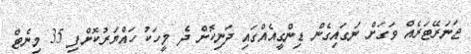
ޖަނަރޭޓަރެއް ވަގަށް ނަގައިގެން ޑިންގީއެއްގައި ދަނިކޮށް ދެ މީހަކު ހައްޔަރުކޮށްފި 35 މިނެޓް